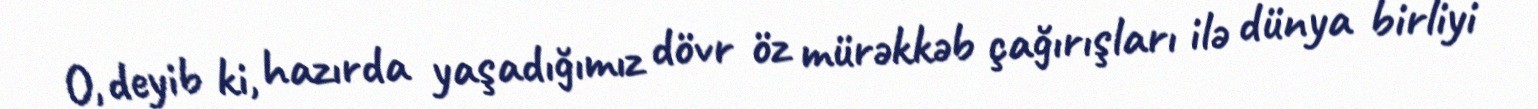
O, deyib ki, hazırda yaşadığımız dövr öz mürəkkəb çağırışları ilə dünya birliyi